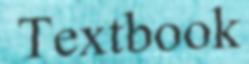
Textbook